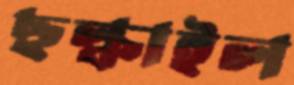
ছল্‌কাইল